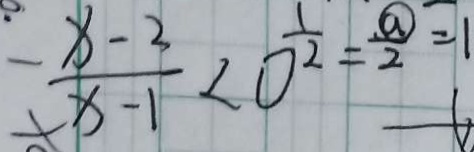
- \frac { x - 3 } { x - 1 } < 0 ^ { \frac { 1 } { 2 } } = \frac { \textcircled { a } } { 2 } = 1